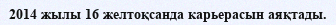
2014 жылы 16 желтоқсанда карьерасын аяқтады.